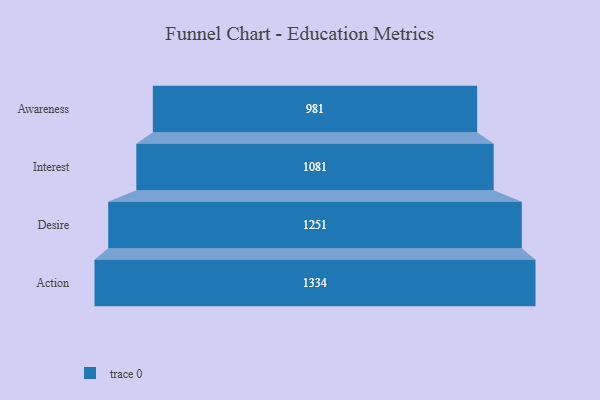
{"axis": {"x": "Stage", "y": "Value"}, "legend": [""], "data": [{"x": "Awareness", "y": 981.0, "type": ""}, {"x": "Interest", "y": 1081.0, "type": ""}, {"x": "Desire", "y": 1251.0, "type": ""}, {"x": "Action", "y": 1334.0, "type": ""}]}